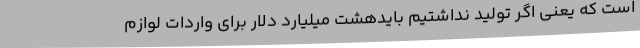
است که یعنی اگر تولید نداشتیم بایدهشت میلیارد دلار برای واردات لوازم